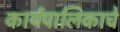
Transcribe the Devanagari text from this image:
कार्यपालिकाचे